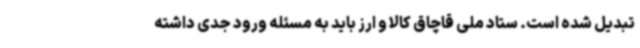
تبدیل شده است. ستاد ملی قاچاق کالا و ارز باید به مسئله ورود جدی داشته